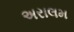
અરાલમ